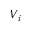
V _ { i }